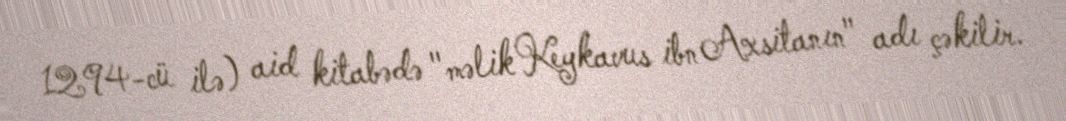
1294-cü ilə) aid kitabədə "məlik Keykavus ibn Axsitanın" adı çəkilir.